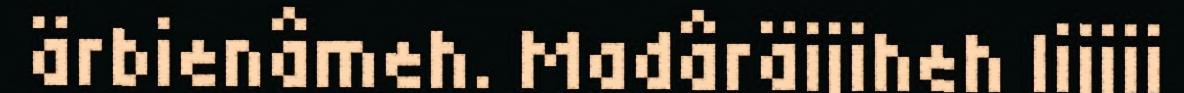
ärbienâmeh. Madâräijiheh lijjii